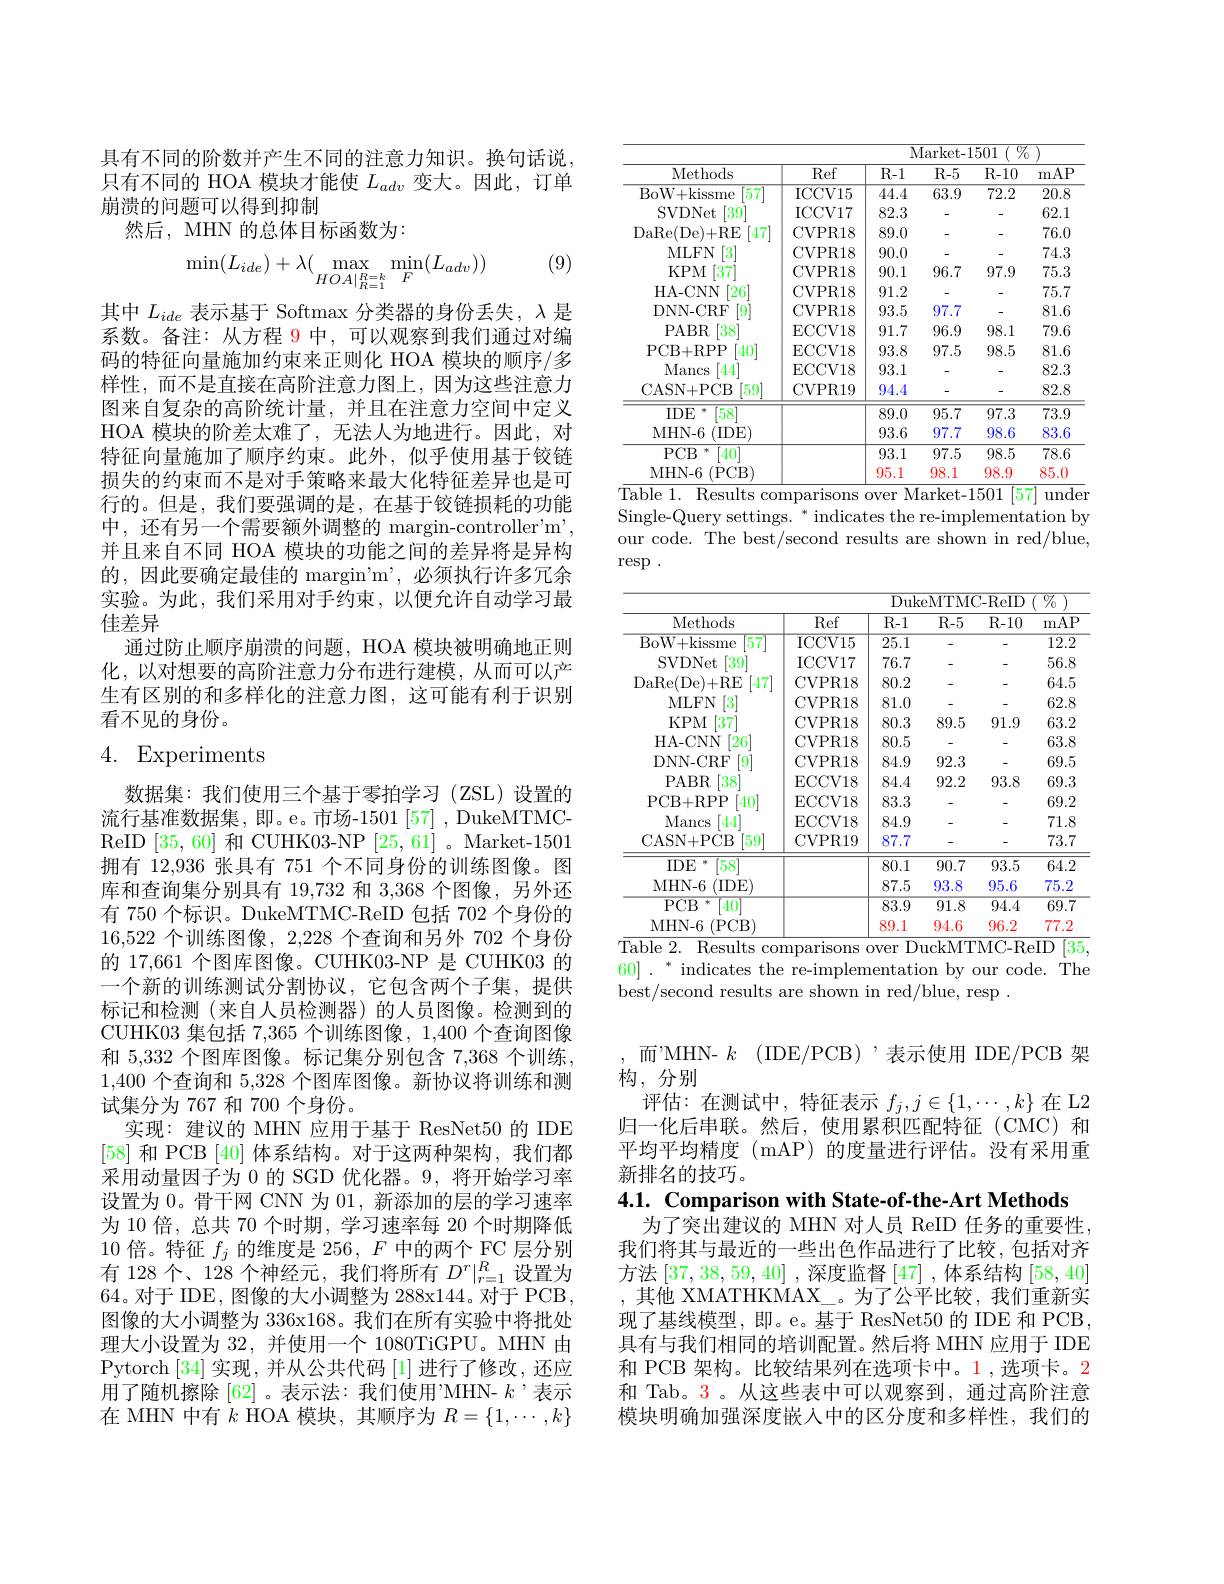
具有不同的阶数并产生不同的注意力知识。换句话说， 只有不同的 HOA 模块才能使$L_{adv}$变大。因此，订单崩溃的问题可以得到抑制
然后，MHN 的总体目标函数为：

(9)
$$\min(L_{ide})+\lambda(\max_{HOA|_{R=1}^{R=k}}\min_{F}(L_{adv}))$$
其中$L_{ide}$表示基于 Softmax 分类器的身份丢失，$\lambda$是系数。备注：从方程 9 中，可以观察到我们通过对编码的特征向量施加约束来正则化 HOA 模块的顺序/多样性，而不是直接在高阶注意力图上，因为这些注意力图来自复杂的高阶统计量，并且在注意力空间中定义HOA 模块的阶差太难了，无法人为地进行。因此，对特征向量施加了顺序约束。此外，似乎使用基于铰链损失的约束而不是对手策略来最大化特征差异也是可行的。但是，我们要强调的是，在基于铰链损耗的功能中，还有另一个需要额外调整的 margin-controller'm', 并且来自不同 HOA 模块的功能之间的差异将是异构的，因此要确定最佳的 margin'm',必须执行许多冗余实验。为此，我们采用对手约束，以便允许自动学习最佳差异
通过防止顺序崩溃的问题，HOA 模块被明确地正则化，以对想要的高阶注意力分布进行建模，从而可以产生有区别的和多样化的注意力图，这可能有利于识别看不见的身份。

# 4. Experiments

数据集：我们使用三个基于零拍学习(ZSL)设置的流行基准数据集，即。e。市场-1501[57] , DukeMTMCReID [35,60]和 CUHK03-NP [25,61] 。Market-1501拥有 12,936 张具有 751 个不同身份的训练图像。图库和查询集分别具有 19,732 和 3,368 个图像，另外还有 750 个标识。DukeMTMC-ReID 包括 702 个身份的16,522个训练图像 , 2,228 个查询和另外 702 个身份的 17,661 个图库图像。CUHK03-NP 是 CUHK03 的一个新的训练测试分割协议，它包含两个子集，提供标记和检测(来自人员检测器)的人员图像。检测到的CUHK03 集包括 7,365 个训练图像，1,400 个查询图像和 5,332 个图库图像。标记集分别包含 7,368 个训练， 1,400个查询和 5,328 个图库图像。新协议将训练和测试集分为 767 和 700 个身份。
实现：建议的 MHN 应用于基于 ResNet50 的 IDE [58]和 PCB [40]体系结构。对于这两种架构，我们都采用动量因子为 0 的 SGD 优化器。9,将开始学习率设置为0。骨干网 CNN 为 01, 新添加的层的学习速率为 10 倍，总共 70 个时期，学习速率每 20 个时期降低10倍。特征$f_j$的维度是 256, $F$中的两个 FC 层分别有 128 个、128 个神经元，我们将所有$D^r|_{r=1}^R$设置为64。对于 IDE, 图像的大小调整为 288x144。对于 PCB, 图像的大小调整为 336x168。我们在所有实验中将批处理大小设置为 32, 并使用一个 1080TiGPU。MHN 由Pytorch [34] 实现，并从公共代码 [1] 进行了修改，还应用了随机擦除 [62] 。表示法：我们使用’MHN- $k$ ,表示在 MHN 中有$k$ HOA 模块，其顺序为$R=\{1,\cdots,k\}$

<table>
	<tbody>
		<tr>
			<th>Methods</th>
			<th>Ref</th>
			<th>$R-1$</th>
			<th>$R-5$</th>
			<th>$R-10$</th>
			<th>mAP</th>
		</tr>
		<tr>
			<td>BoW+ kissme 57</td>
			<td>ICCV15</td>
			<td>44.4</td>
			<td>$\overline{63.9}$</td>
			<td>72.2</td>
			<td>$\overline{20.8}$</td>
		</tr>
		<tr>
			<td>SVDNet 39</td>
			<td>ICCV17</td>
			<td>82.3</td>
			<td>-</td>
			<td>-</td>
			<td>62.1</td>
		</tr>
		<tr>
			<td>DaRe( De) + RE [47</td>
			<td>CVPR18</td>
			<td>89.0</td>
			<td>-</td>
			<td>-</td>
			<td>76.0</td>
		</tr>
		<tr>
			<td>MLFN</td>
			<td>CVPR18</td>
			<td>90.0</td>
			<td>-</td>
			<td>-</td>
			<td>74.3</td>
		</tr>
		<tr>
			<td>$KPM$ $\lceil37\rceil$</td>
			<td>CVPR18</td>
			<td>90.1</td>
			<td>96.7</td>
			<td>97.9</td>
			<td>75.3</td>
		</tr>
		<tr>
			<td>HA- CNN $[26^{'}$</td>
			<td>CVPR18</td>
			<td>91.2</td>
			<td>-</td>
			<td>-</td>
			<td>75.7</td>
		</tr>
		<tr>
			<td>DNN- CRF 9</td>
			<td>CVPR18</td>
			<td>93.5</td>
			<td>97.7</td>
			<td> </td>
			<td>81.6</td>
		</tr>
		<tr>
			<td>PABR 38</td>
			<td>ECCV18</td>
			<td>91.7</td>
			<td>96.9</td>
			<td>98.1</td>
			<td>79.6</td>
		</tr>
		<tr>
			<td>PCB+ RPP [40]</td>
			<td>ECCV18</td>
			<td>93.8</td>
			<td>97.5</td>
			<td>98.5</td>
			<td>81.6</td>
		</tr>
		<tr>
			<td>Mancs [44]</td>
			<td>ECCV18</td>
			<td>93.1</td>
			<td>-</td>
			<td>-</td>
			<td>82.3</td>
		</tr>
		<tr>
			<td>CASN+ PCB [59]</td>
			<td>CVPR19</td>
			<td>94.4</td>
			<td>-</td>
			<td>-</td>
			<td>82.8</td>
		</tr>
		<tr>
			<td>$IDE$ 58</td>
			<td> </td>
			<td>$\overline{89.0}$</td>
			<td>95.7</td>
			<td>97.3</td>
			<td>$\overline{73.9}$</td>
		</tr>
		<tr>
			<td>MHN- 6 (IDEY</td>
			<td> </td>
			<td>93.6</td>
			<td>97.7</td>
			<td>98.6</td>
			<td>83.6</td>
		</tr>
		<tr>
			<td>$PCB$ 木 $40^{\circ}$</td>
			<td> </td>
			<td>93.1</td>
			<td>97.5</td>
			<td>98.5</td>
			<td>78.6</td>
		</tr>
		<tr>
			<td>MHN-6~(PCB)</td>
			<td> </td>
			<td>95.1</td>
			<td>98.1</td>
			<td>98.9</td>
			<td>85.0</td>
		</tr>
	</tbody>
</table>
Table 1. Results comparisons over Market-1501 [57] unden

Single-Query settings. * indicates the re-implementation by our code. The best/second results are shown in red/blue, $\operatorname{resp}.$

<table>
	<tbody>
		<tr>
			<th>Methods</th>
			<th>Ref</th>
			<th>$R-1$</th>
			<th>$R-5$</th>
			<th>R- 10</th>
			<th>mAP</th>
		</tr>
		<tr>
			<td>BoW+ kissme 57</td>
			<td>ICCV15</td>
			<td>$\overline{25.1}$</td>
			<td>-</td>
			<td>-</td>
			<td>$\overline{12.2}$</td>
		</tr>
		<tr>
			<td>SVDNet $39^{\prime}$</td>
			<td>ICCV17</td>
			<td>76.7</td>
			<td>-</td>
			<td>-</td>
			<td>56.8</td>
		</tr>
		<tr>
			<td>DaRe( De) + RE 47</td>
			<td>CVPR18</td>
			<td>80.2</td>
			<td>-</td>
			<td>-</td>
			<td>64.5</td>
		</tr>
		<tr>
			<td>MLFN 3</td>
			<td>CVPR18</td>
			<td>81.0</td>
			<td>-</td>
			<td>-</td>
			<td>62.8</td>
		</tr>
		<tr>
			<td>$KPM$ $\lceil37\rceil$</td>
			<td>CVPR18</td>
			<td>80.3</td>
			<td>89.5</td>
			<td>91.9</td>
			<td>63.2</td>
		</tr>
		<tr>
			<td>HA-CNN $\lceil26\rceil$</td>
			<td>CVPR18</td>
			<td>80.5</td>
			<td>-</td>
			<td>-</td>
			<td>63.8</td>
		</tr>
		<tr>
			<td>DNN- CRF $9^{\prime}$</td>
			<td>CVPR18</td>
			<td>84.9</td>
			<td>92.3</td>
			<td>-</td>
			<td>69.5</td>
		</tr>
		<tr>
			<td>PABR '38'</td>
			<td>ECCV18</td>
			<td>84.4</td>
			<td>92.2</td>
			<td>93.8</td>
			<td>69.3</td>
		</tr>
		<tr>
			<td>PCB+ RPP 40</td>
			<td>ECCV18</td>
			<td>83.3</td>
			<td>-</td>
			<td>-</td>
			<td>69.2</td>
		</tr>
		<tr>
			<td>Mancs $[444^{\prime}$</td>
			<td>ECCV18</td>
			<td>84.9</td>
			<td>-</td>
			<td>-</td>
			<td>71.8</td>
		</tr>
		<tr>
			<td>59 CASN+ PCB</td>
			<td>CVPR19</td>
			<td>87.7</td>
			<td>-</td>
			<td>-</td>
			<td>73.7</td>
		</tr>
		<tr>
			<td>IDE 58</td>
			<td> </td>
			<td>80.1</td>
			<td>90.7</td>
			<td>93.5</td>
			<td>64.2</td>
		</tr>
		<tr>
			<td>MHN- 6 (IDE)</td>
			<td> </td>
			<td>87.5</td>
			<td>93.8</td>
			<td>95.6</td>
			<td>75.2</td>
		</tr>
		<tr>
			<td>$PCB$ 本 40</td>
			<td> </td>
			<td>$\overline{83.9}$</td>
			<td>$\overline{91.8}$</td>
			<td>94.4</td>
			<td>69.7</td>
		</tr>
		<tr>
			<td>MHN-6 (PCB)</td>
			<td> </td>
			<td>89.1</td>
			<td>94.6</td>
			<td>96.2</td>
			<td>77.2</td>
		</tr>
	</tbody>
</table>

[35

$60]~.~^*~$indicates the re-implementation by our code. The
best/second results are shown in red/blue, resp .

而'MHN- $k$ (IDE/PCB),表示使用 IDE/PCB架
构，分别
评估：在测试中，特征表示$f_j,j\in\{1,\cdots,k\}$在 L2归一化后串联。然后，使用累积匹配特征(CMC)和平均平均精度(mAP)的度量进行评估。没有采用重新排名的技巧。
4.1. Comparison with State-of-the-Art Methods

为了突出建议的 MHN 对人员 ReID 任务的重要性我们将其与最近的一些出色作品进行了比较，包括对齐方法[37,38,59,40] ,深度监督[47] ,体系结构[58,40] ,其他 XMATHKMAX\_。为了公平比较，我们重新实现了基线模型，即。e。基于 ResNet50 的 IDE 和 PCB, 具有与我们相同的培训配置。然后将 MHN 应用于 IDE 和 PCB 架构。比较结果列在选项卡中。1,选项卡。2和 Tab。3。从这些表中可以观察到，通过高阶注意模块明确加强深度嵌入中的区分度和多样性，我们的